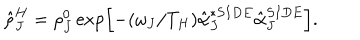
\hat { \rho } _ { J } ^ { H } = \rho _ { J } ^ { 0 } \exp \left[ - ( \omega _ { J } / T _ { H } ) \hat { \alpha } _ { J } ^ { * S I D E } \hat { \alpha } _ { J } ^ { S I D E } \right] .